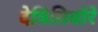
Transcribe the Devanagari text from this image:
देत्रितिवोरे